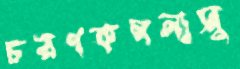
চরণকমলাসু